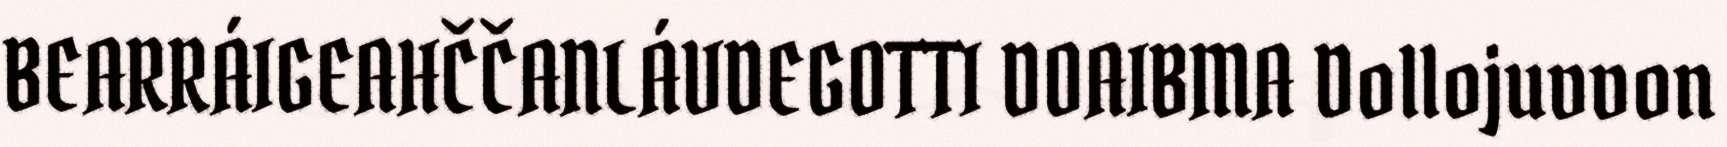
BEARRÁIGEAHČČANLÁVDEGOTTI DOAIBMA Dollojuvvon